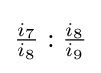
{\tfrac {i_{7}}{i_{8}}}:{\tfrac {i_{8}}{i_{9}}}